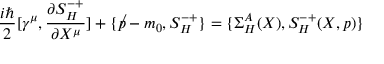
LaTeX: \frac { i \hbar } 2 [ \gamma ^ { \mu } , \frac { \partial S _ { H } ^ { - + } } { \partial X ^ { \mu } } ] + \{ \not p - m _ { 0 } , S _ { H } ^ { - + } \} = \{ \Sigma _ { H } ^ { A } ( X ) , S _ { H } ^ { - + } ( X , p ) \}